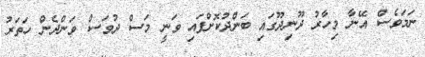
ނަމަވެސް އޭނާ މިހާރު ދޫނިދޫގައި ބަންދުކޮށްފައި ވަނީ މަސް ދުވަސް ވަންދެން ހަތަރު